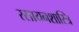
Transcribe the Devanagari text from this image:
रसायनशास्त्रि